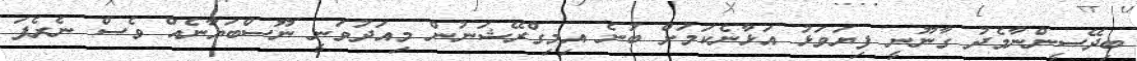
ބިދޭސީންނާމެދު ގާނޫނީ ފިޔަވަޅު އަޅާނެކަމަށް ބުނެ އިމިގްރޭޝަނުން މިއަދުވަނީ ނޫސްބަޔާނެއް ވެސް ނެރެފަ